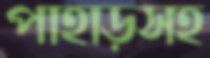
পাহাড়সহ